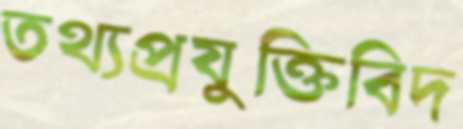
তথ্যপ্রযুক্তিবিদ